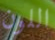
اللون